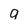
Character: g